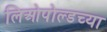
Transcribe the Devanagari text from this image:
लिओपोल्डच्या